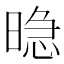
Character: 𱢘